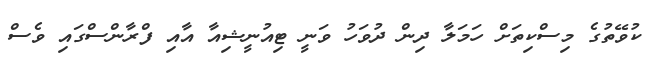
ކުވޭތުގެ މިސްކިތަށް ހަމަލާ ދިން ދުވަހު ވަނީ ޓިއުނީޝިއާ އާއި ފްރާންސްގައި ވެސް